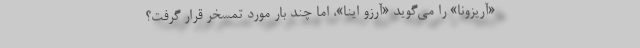
«آریزونا» را می‌گوید «آرزو اینا»، اما چند بار مورد تمسخر قرار گرفت؟